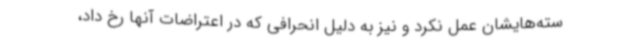
سته‌هایشان عمل نکرد و نیز به دلیل انحرافی که در اعتراضات آنها رخ داد،